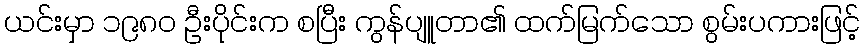
ယင်းမှာ ၁၉၈၀ ဦးပိုင်းက စပြီး ကွန်ပျူတာ၏ ထက်မြက်သော စွမ်းပကားဖြင့်